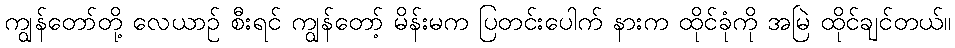
ကျွန်တော်တို့ လေယာဉ် စီးရင် ကျွန်တော့် မိန်းမက ပြတင်းပေါက် နားက ထိုင်ခုံကို အမြဲ ထိုင်ချင်တယ်။